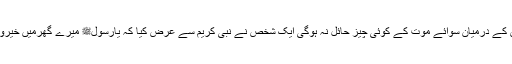
جنت اوراس کے درمیان سوائے موت کے کوئی چیز حائل نہ ہوگی ایک شخص نے نبی کریم سے عرض کیا کہ یارسولﷺ میرے گھرمیں خیروبرکت نہیں۔